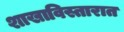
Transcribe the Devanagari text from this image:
शाखाविस्तारात